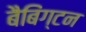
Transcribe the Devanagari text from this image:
बैबिंग्टन